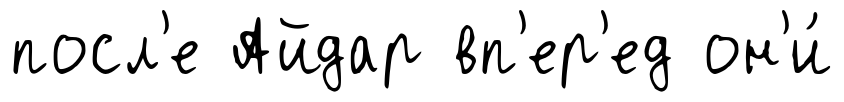
посл'е Айдар вп'ер'ед он'и́